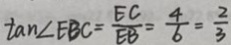
\tan \angle E B C = \frac { E C } { E B } = \frac { 4 } { 6 } = \frac { 2 } { 3 }